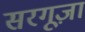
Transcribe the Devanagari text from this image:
सरगूज़ा